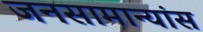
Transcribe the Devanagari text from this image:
जनसामान्यांस